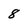
Character: 8